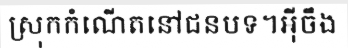
ស្រុកកំណើតនៅជនបទ។អ៊ីចឹង